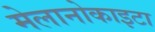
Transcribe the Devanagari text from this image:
मेलानोकाइटा